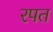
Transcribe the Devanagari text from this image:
रपत